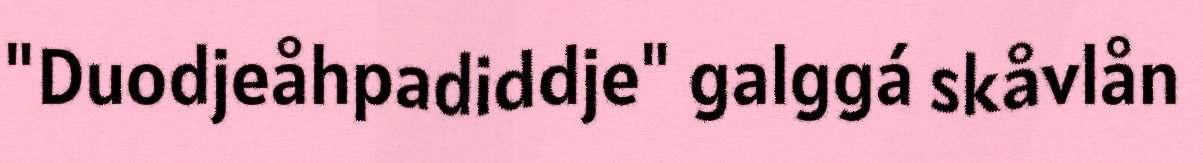
"Duodjeåhpadiddje" galggá skåvlån